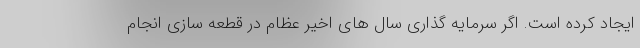
ایجاد کرده است. اگر سرمایه گذاری سال های اخیر عظام در قطعه سازی انجام